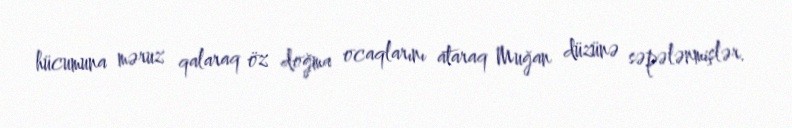
hücumuna məruz qalaraq öz doğma ocaqlarını ataraq Muğan düzünə səpələnmişlər.